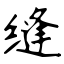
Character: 缝